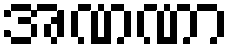
အဏဏာ